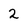
Character: 2